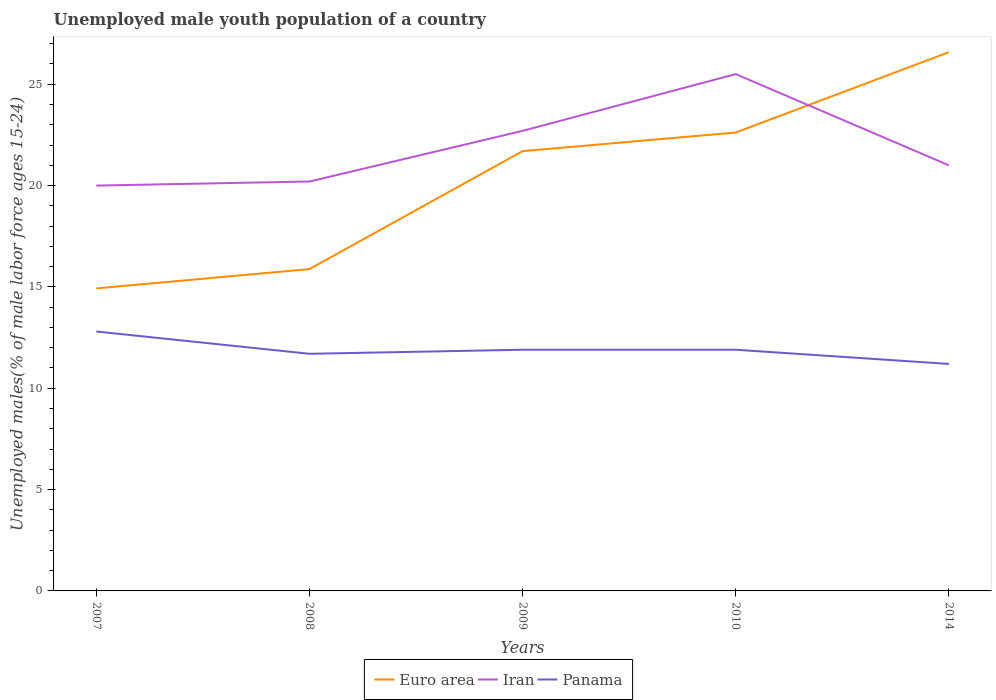
| Years | Euro area | Iran | Panama |
 | --- | --- | --- | --- |
 | 2007 | 14.9 | 20 | 12.8 |
 | 2008 | 15.9 | 20.2 | 11.7 |
 | 2009 | 21.7 | 22.7 | 11.9 |
 | 2010 | 22.6 | 25.5 | 11.9 |
 | 2014 | 26.6 | 21 | 11.2 |